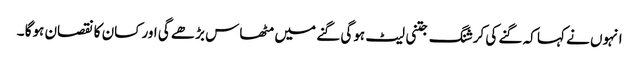
انہوں نے کہا کہ گنے کی کرشنگ جتنی لیٹ ہوگی گنے میں مٹھاس بڑھے گی اور کسان کا نقصان ہوگا ۔